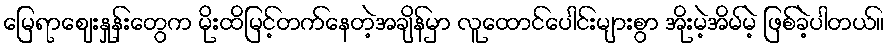
မြေရာဈေးနှုန်းတွေက မိုးထိမြင့်တက်နေတဲ့အချိန်မှာ လူထောင်ပေါင်းများစွာ အိုးမဲ့အိမ်မဲ့ ဖြစ်ခဲ့ပါတယ်။